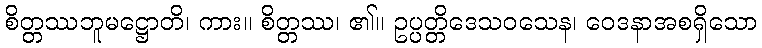
စိတ္တဿဘူမဋ္ဌောတိ၊ ကား။ စိတ္တဿ၊ ၏။ ဥပ္ပတ္တိဒေသဝသေန၊ ဝေဒနာအစရှိသော